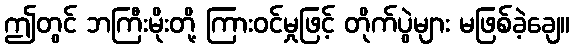
ဤတွင် ဘကြီးမိုးတို့ ကြားဝင်မှုဖြင့် တိုက်ပွဲများ မဖြစ်ခဲ့ချေ။